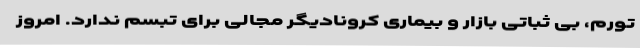
تورم، بی ثباتی بازار و بیماری کرونادیگر مجالی برای تبسم ندارد. امروز